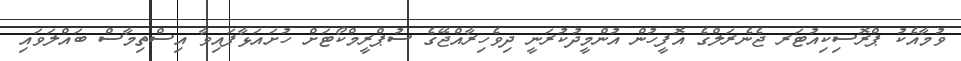
ވުމާއެކު ޕްރޮސިކިއުޓަރ ޖެނެރަލްގެ އޮފީހުން އުންމީދުކުރަނީ ދިވެހިރާއްޖޭގެ ސުޕްރީމްކޯޓަށް ހުށައަޅާފައިވާ އިސްތިމާސް ބައްލަވައި